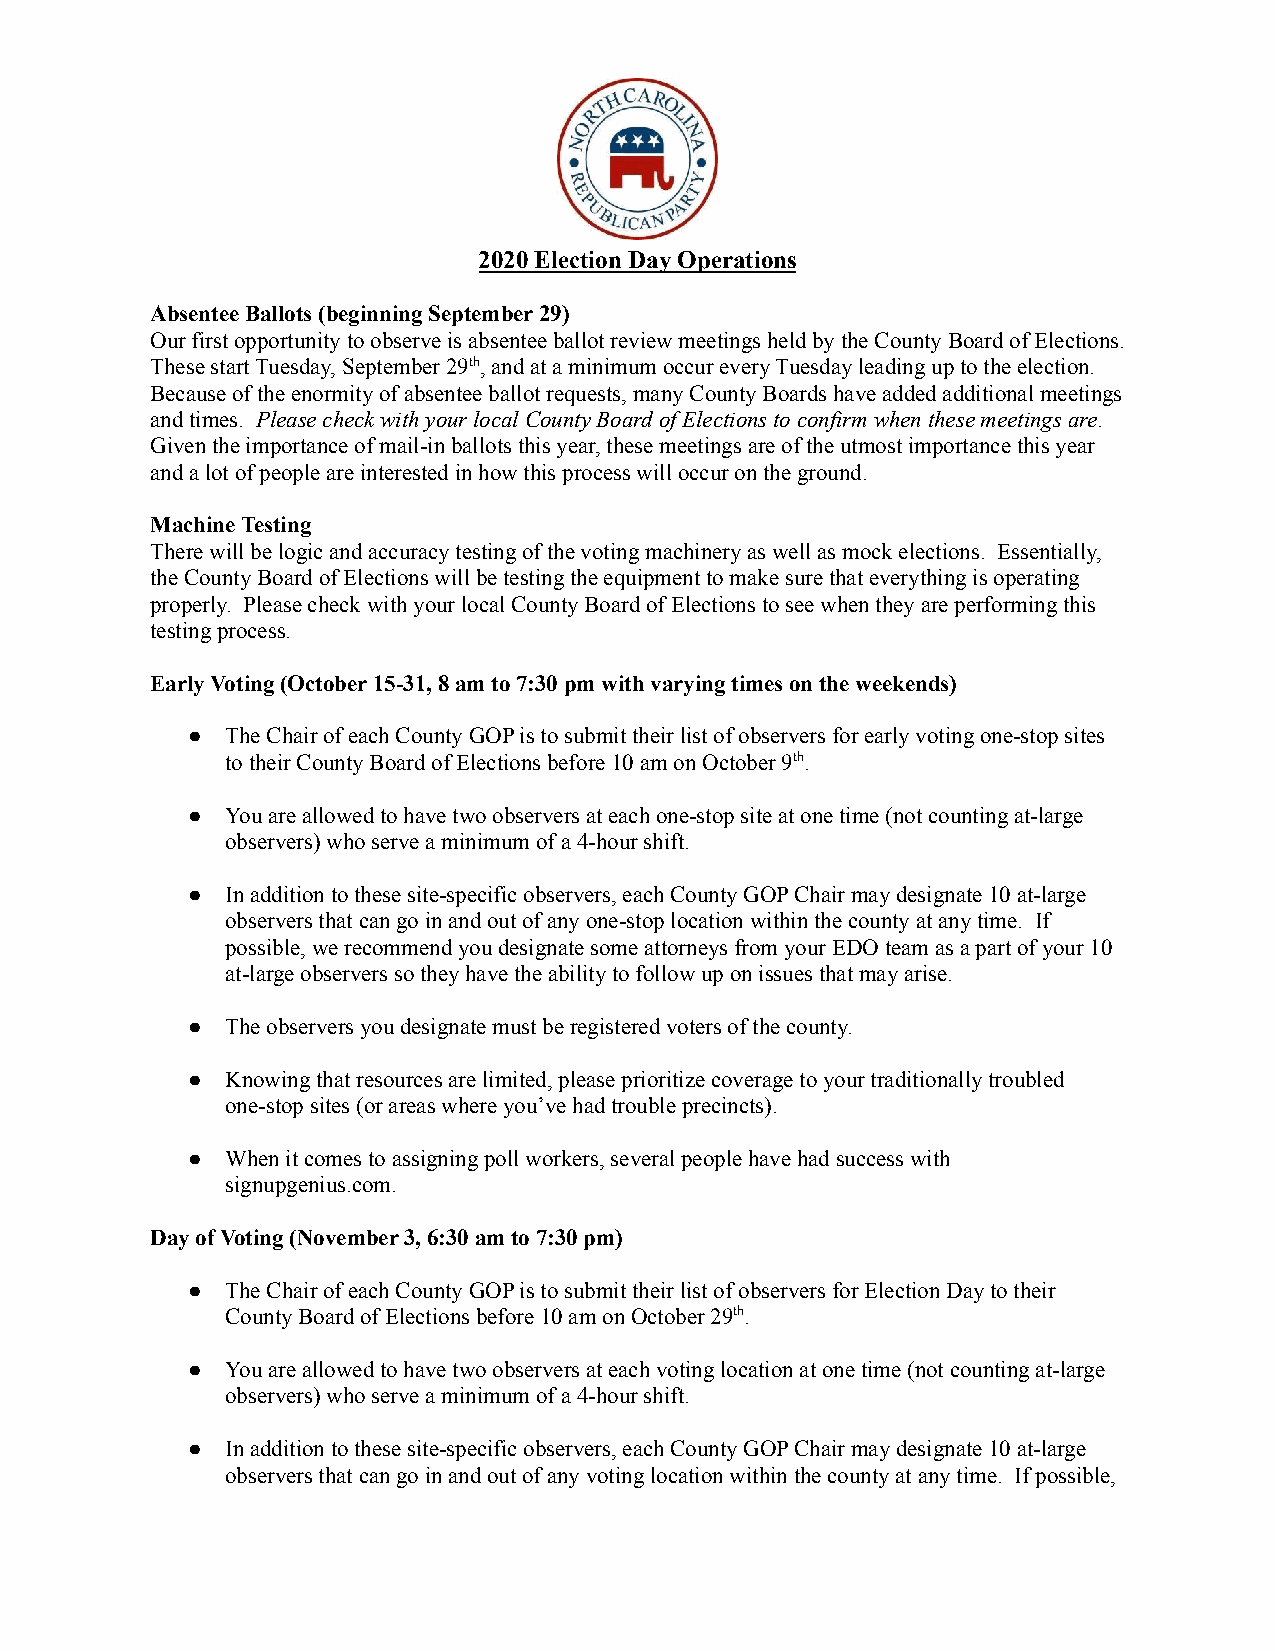
2020 Election Day Operations
 Absentee Ballots (beginning September 29)
 Our first opportunity to observe is absentee ballot review meetings held by the County Board of Elections.
 These start Tuesday, September 29th, and at a minimumoccur every Tuesday leading up to the election.
 Because of the enormity of absentee ballot requests, many County Boards have added additional meetings
 and times. Please check with your local County Boardof Elections to confirm when these meetings are.
 Given the importance of mail-in ballots this year, these meetings are of the utmost importance this year
 and a lot of people are interested in how this process will occur on the ground.
 Machine Testing
 There will be logic and accuracy testing of the voting machinery as well as mock elections. Essentially,
 the County Board of Elections will be testing the equipment to make sure that everything is operating
 properly. Please check with your local County Board of Elections to see when they are performing this
 testing process.
 Early Voting (October 15-31, 8 am to 7:30 pm with varying times on the weekends)
 ●  The Chair of each County GOP is to submit their list of observers for early voting one-stop sites
 to their County Board of Elections before 10 am on October 9th.
 ●  You are allowed to have two observers at each one-stop site at one time (not counting at-large
 observers) who serve a minimum of a 4-hour shift.
 ●  In addition to these site-specific observers, each County GOP Chair may designate 10 at-large
 observers that can go in and out of any one-stop location within the county at any time. If
 possible, we recommend you designate some attorneys from your EDO team as a part of your 10
 at-large observers so they have the ability to follow up on issues that may arise.
 ●  The observers you designate must be registered voters of the county.
 ●  Knowing that resources are limited, please prioritize coverage to your traditionally troubled
 one-stop sites (or areas where you’ve had trouble precincts).
 ●  When it comes to assigning poll workers, several people have had success with
 signupgenius.com.
 Day of Voting (November 3, 6:30 am to 7:30 pm)
 ●  The Chair of each County GOP is to submit their list of observers for Election Day to their
 County Board of Elections before 10 am on October 29th.
 ●  You are allowed to have two observers at each voting location at one time (not counting at-large
 observers) who serve a minimum of a 4-hour shift.
 ●  In addition to these site-specific observers, each County GOP Chair may designate 10 at-large
 observers that can go in and out of any voting location within the county at any time. If possible,